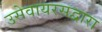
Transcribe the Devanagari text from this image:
उसेवायरसद्वारा